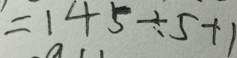
= 1 4 5 \div 5 + 1